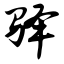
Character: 驿